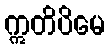
ဣတိပိမေ